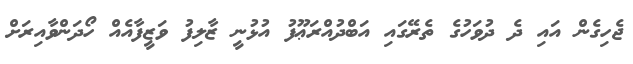
ޖެހިގެން އައި ދެ ދުވަހުގެ ތެރޭގައި އަބްދުއްރަޢޫފު އުޅުނީ ޒާލިފު ވަޒީފާއެއް ހޯދަންވާއިރަށް